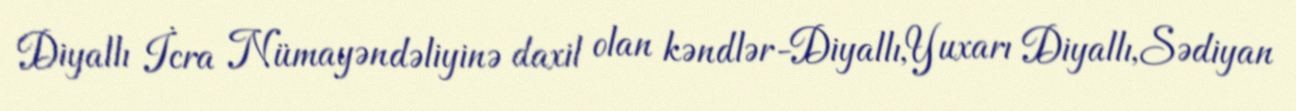
Diyallı İcra Nümayəndəliyinə daxil olan kəndlər-Diyallı,Yuxarı Diyallı,Sədiyan